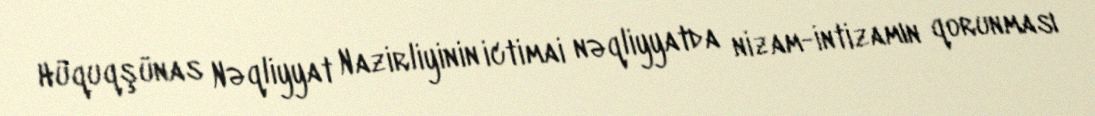
Hüquqşünas Nəqliyyat Nazirliyinin ictimai nəqliyyatda nizam-intizamın qorunması